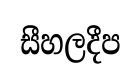
සීහලදීප